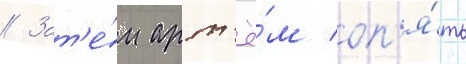
// Зат'е́м арт'ё́м оп'я́ть